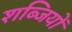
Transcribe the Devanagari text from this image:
शब्जियों